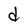
Character: d